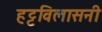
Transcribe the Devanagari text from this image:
हट्टविलासनी